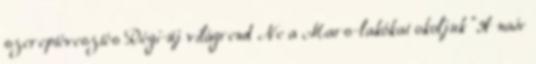
szereptévesztés Régi-új világrend Ne a Mars-lakókat okoljuk "A naiv